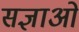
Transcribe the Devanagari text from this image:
सज्ञाओं